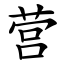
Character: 营